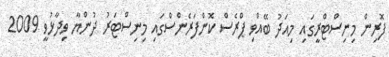
ފޮރިން މިނިސްޓްރީގައި މިއަދު ބޭއްވި ޕްރެސް ކޮންފަރެންސްގައި މިނިސްޓަރު ދުންޔާ ވިދާޅުވީ 2009